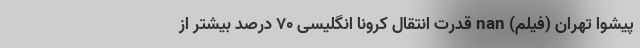
پیشوا تهران (فیلم) nan قدرت انتقال کرونا انگلیسی 70 درصد بیشتر از